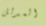
المدلل